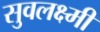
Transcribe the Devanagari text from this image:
सुवलक्ष्मी